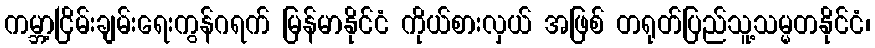
ကမ္ဘာ့ငြိမ်းချမ်းရေးကွန်ဂရက် မြန်မာနိုင်ငံ ကိုယ်စားလှယ် အဖြစ် တရုတ်ပြည်သူ့သမ္မတနိုင်ငံ၊